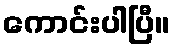
ကောင်းပါပြီ။